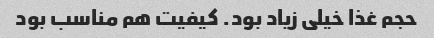
حجم غذا خیلی زیاد بود. کیفیت هم مناسب بود